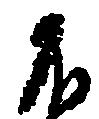
不